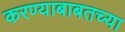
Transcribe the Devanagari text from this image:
करण्याबाबतच्या